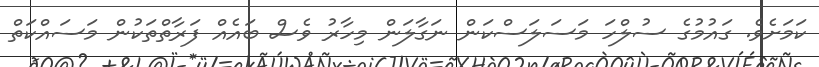
ކަމަށެވެ. ގައުމުގެ ސުލްހަ މަސަލަސްކަން ނަގާލަން މިހާރު ވެސް ބައެއް ފަރާތްތަކުން މަސައްކަތް